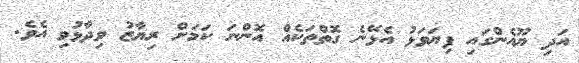
އަދި ޔޫއެންގައި ފިޔަވަޅު އެޅޭނެ ގޮތްތަކެއް އޮންނަ ކަމަށް ރިޔާޒު ވިދާޅުވި އެވެ.